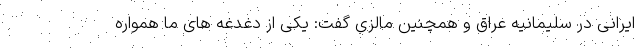
ایرانی در سلیمانیه عراق و همچنین مالزی گفت: یکی از دغدغه های ما همواره